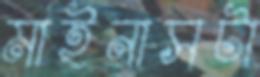
মাইনাসটা